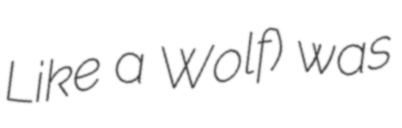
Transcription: Like a Wolf) was